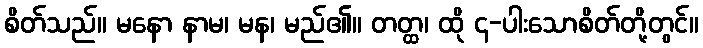
စိတ်သည်။ မနော နာမ၊ မန၊ မည်၏။ တတ္ထ၊ ထို ၄-ပါးသောစိတ်တို့တွင်။